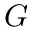
G